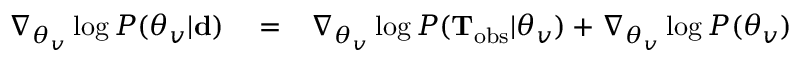
\begin{array} { r l r } { \nabla _ { \boldsymbol { \theta } _ { v } } \log P ( \boldsymbol { \theta } _ { v } | { \bf d } ) } & { { } = } & { \nabla _ { \boldsymbol { \theta } _ { v } } \log P ( \mathbf { T } _ { \mathrm { o b s } } | \boldsymbol { \theta } _ { v } ) + \nabla _ { \boldsymbol { \theta } _ { v } } \log P ( \boldsymbol { \theta } _ { v } ) } \end{array}